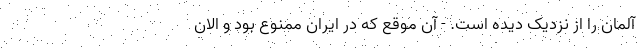
آلمان را از نزدیک دیده است. - آن موقع که در ایران ممنوع بود و الان